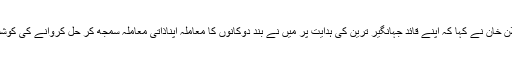
رانا ارسلان خان نے کہا کہ اپنے قائد جہانگیر ترین کی ہدایت پر میں نے بند دوکانوں کا معاملہ اپناذاتی معاملہ سمجھ کر حل کروانے کی کوششیں کیں ۔